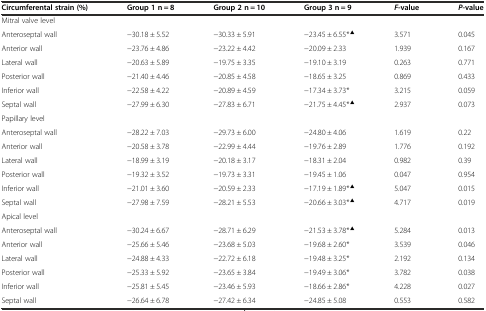
<table><thead><tr><td><b>Circumferental strain (%)</b></td><td><b>Group 1 n = 8</b></td><td><b>Group 2 n = 10</b></td><td><b>Group 3 n = 9</b></td><td><b><i>F</i>-value</b></td><td><b><i>P</i>-value</b></td></tr></thead><tbody><tr><td>Mitral valve level</td><td></td><td></td><td></td><td></td><td></td></tr><tr><td>Anteroseptal wall</td><td>-30.18 ± 5.52</td><td>-30.33 ± 5.91</td><td>-23.45 ± 6.55*<sup>▲</sup></td><td>3.571</td><td>0.045</td></tr><tr><td>Anterior wall</td><td>-23.76 ± 4.86</td><td>-23.22 ± 4.42</td><td>-20.09 ± 2.33</td><td>1.939</td><td>0.167</td></tr><tr><td>Lateral wall</td><td>-20.63 ± 5.89</td><td>-19.75 ± 3.35</td><td>-19.10 ± 3.19</td><td>0.263</td><td>0.771</td></tr><tr><td>Posterior wall</td><td>-21.40 ± 4.46</td><td>-20.85 ± 4.58</td><td>-18.65 ± 3.25</td><td>0.869</td><td>0.433</td></tr><tr><td>Inferior wall</td><td>-22.58 ± 4.22</td><td>-20.89 ± 4.59</td><td>-17.34 ± 3.73*</td><td>3.215</td><td>0.059</td></tr><tr><td>Septal wall</td><td>-27.99 ± 6.30</td><td>-27.83 ± 6.71</td><td>-21.75 ± 4.45*<sup>▲</sup></td><td>2.937</td><td>0.073</td></tr><tr><td>Papillary level</td><td></td><td></td><td></td><td></td><td></td></tr><tr><td>Anteroseptal wall</td><td>-28.22 ± 7.03</td><td>-29.73 ± 6.00</td><td>-24.80 ± 4.06</td><td>1.619</td><td>0.22</td></tr><tr><td>Anterior wall</td><td>-20.58 ± 3.78</td><td>-22.99 ± 4.44</td><td>-19.76 ± 2.89</td><td>1.776</td><td>0.192</td></tr><tr><td>Lateral wall</td><td>-18.99 ± 3.19</td><td>-20.18 ± 3.17</td><td>-18.31 ± 2.04</td><td>0.982</td><td>0.39</td></tr><tr><td>Posterior wall</td><td>-19.32 ± 3.52</td><td>-19.73 ± 3.31</td><td>-19.45 ± 1.06</td><td>0.047</td><td>0.954</td></tr><tr><td>Inferior wall</td><td>-21.01 ± 3.60</td><td>-20.59 ± 2.33</td><td>-17.19 ± 1.89*<sup>▲</sup></td><td>5.047</td><td>0.015</td></tr><tr><td>Septal wall</td><td>-27.98 ± 7.59</td><td>-28.21 ± 5.53</td><td>-20.66 ± 3.03*<sup>▲</sup></td><td>4.717</td><td>0.019</td></tr><tr><td>Apical level</td><td></td><td></td><td></td><td></td><td></td></tr><tr><td>Anteroseptal wall</td><td>-30.24 ± 6.67</td><td>-28.71 ± 6.29</td><td>-21.53 ± 3.78*<sup>▲</sup></td><td>5.284</td><td>0.013</td></tr><tr><td>Anterior wall</td><td>-25.66 ± 5.46</td><td>-23.68 ± 5.03</td><td>-19.68 ± 2.60*</td><td>3.539</td><td>0.046</td></tr><tr><td>Lateral wall</td><td>-24.88 ± 4.33</td><td>-22.72 ± 6.18</td><td>-19.48 ± 3.25*</td><td>2.192</td><td>0.134</td></tr><tr><td>Posterior wall</td><td>-25.33 ± 5.92</td><td>-23.65 ± 3.84</td><td>-19.49 ± 3.06*</td><td>3.782</td><td>0.038</td></tr><tr><td>Inferior wall</td><td>-25.81 ± 5.45</td><td>-23.46 ± 5.93</td><td>-18.66 ± 2.86*</td><td>4.228</td><td>0.027</td></tr><tr><td>Septal wall</td><td>-26.64 ± 6.78</td><td>-27.42 ± 6.34</td><td>-24.85 ± 5.08</td><td>0.553</td><td>0.582</td></tr></tbody></table>